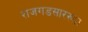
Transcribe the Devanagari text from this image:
राजगडसारख्या